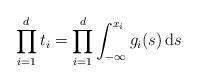
LaTeX: \begin{align*} \prod_{i=1}^d t_i =\prod_{i=1}^d \int_{-\infty}^{x_i}g_i(s) \,\mathrm{d}s\end{align*}